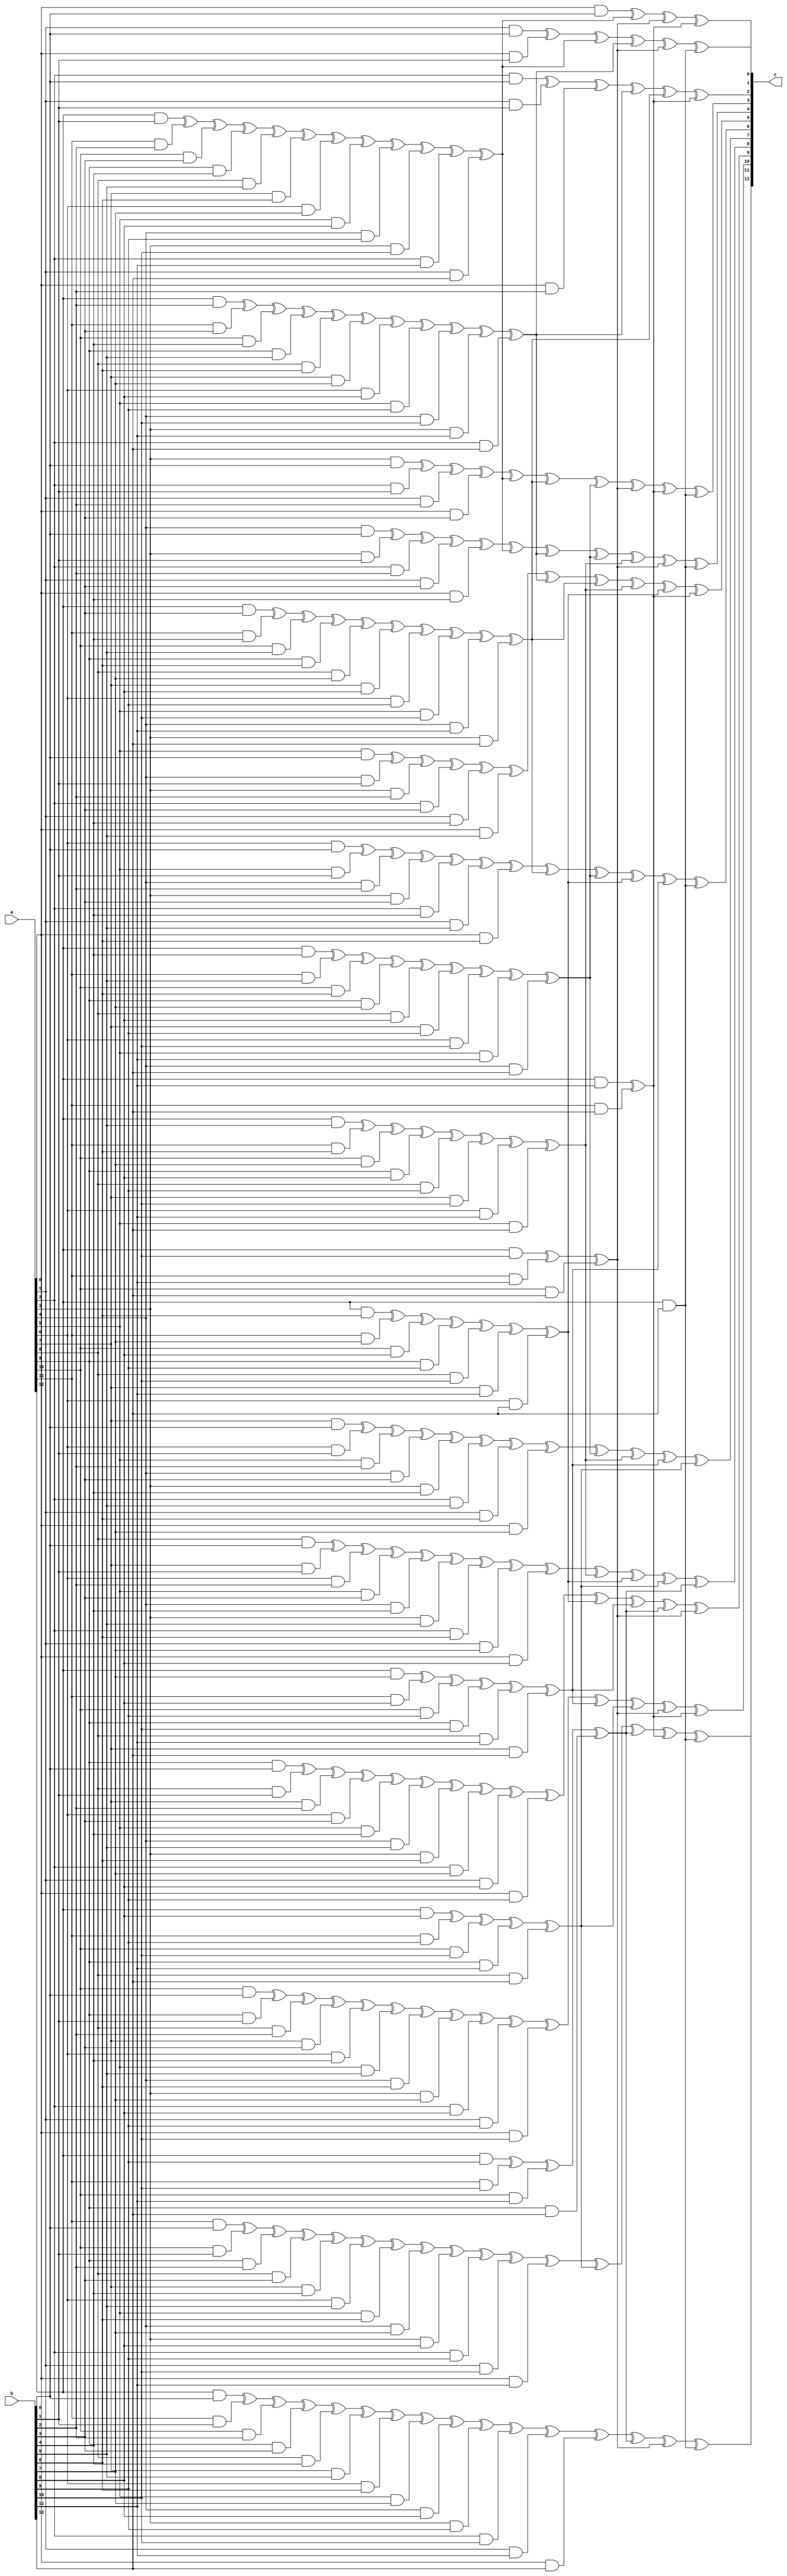
module multiplier(a,b,c);

input [12:0]a,b;
output [12:0]c;

wire [12:0]c,d;
wire [11:0]e;

 //-----d=Lb------------------------------

assign d[0]=(a[0]&b[0]);
assign d[1]=(a[1]&b[0])^(a[0]&b[1]);
assign d[2]=(a[2]&b[0])^(a[1]&b[1])^(a[0]&b[2]);
assign d[3]=(a[3]&b[0])^(a[2]&b[1])^(a[1]&b[2])^(a[0]&b[3]);
assign d[4]=(a[4]&b[0])^(a[3]&b[1])^(a[2]&b[2])^(a[1]&b[3])^(a[0]&b[4]);
assign d[5]=(a[5]&b[0])^(a[4]&b[1])^(a[3]&b[2])^(a[2]&b[3])^(a[1]&b[4])^(a[0]&b[5]);
assign d[6]=(a[6]&b[0])^(a[5]&b[1])^(a[4]&b[2])^(a[3]&b[3])^(a[2]&b[4])^(a[1]&b[5])^(a[0]&b[6]);
assign d[7]=(a[7]&b[0])^(a[6]&b[1])^(a[5]&b[2])^(a[4]&b[3])^(a[3]&b[4])^(a[2]&b[5])^(a[1]&b[6])^(a[0]&b[7]);
assign d[8]=(a[8]&b[0])^(a[7]&b[1])^(a[6]&b[2])^(a[5]&b[3])^(a[4]&b[4])^(a[3]&b[5])^(a[2]&b[6])^(a[1]&b[7])^(a[0]&b[8]);
assign d[9]=(a[9]&b[0])^(a[8]&b[1])^(a[7]&b[2])^(a[6]&b[3])^(a[5]&b[4])^(a[4]&b[5])^(a[3]&b[6])^(a[2]&b[7])^(a[1]&b[8])^(a[0]&b[9]);
assign d[10]=(a[10]&b[0])^(a[9]&b[1])^(a[8]&b[2])^(a[7]&b[3])^(a[6]&b[4])^(a[5]&b[5])^(a[4]&b[6])^(a[3]&b[7])^(a[2]&b[8])^(a[1]&b[9])^(a[0]&b[10]);
assign d[11]=(a[11]&b[0])^(a[10]&b[1])^(a[9]&b[2])^(a[8]&b[3])^(a[7]&b[4])^(a[6]&b[5])^(a[5]&b[6])^(a[4]&b[7])^(a[3]&b[8])^(a[2]&b[9])^(a[1]&b[10])^(a[0]&b[11]);
assign d[12]=(a[12]&b[0])^(a[11]&b[1])^(a[10]&b[2])^(a[9]&b[3])^(a[8]&b[4])^(a[7]&b[5])^(a[6]&b[6])^(a[5]&b[7])^(a[4]&b[8])^(a[3]&b[9])^(a[2]&b[10])^(a[1]&b[11])^(a[0]&b[12]);




//--------e=Ub----------------------------------------
assign e[0]=(a[12]&b[1])^(a[11]&b[2])^(a[10]&b[3])^(a[9]&b[4])^(a[8]&b[5])^(a[7]&b[6])^(a[6]&b[7])^(a[5]&b[8])^(a[4]&b[9])^(a[3]&b[10])^(a[2]&b[11])^(a[1]&b[12]);
assign e[1]=(a[12]&b[2])^(a[11]&b[3])^(a[10]&b[4])^(a[9]&b[5])^(a[8]&b[6])^(a[7]&b[7])^(a[6]&b[8])^(a[5]&b[9])^(a[4]&b[10])^(a[3]&b[11])^(a[2]&b[12]);
assign e[2]=(a[12]&b[3])^(a[11]&b[4])^(a[10]&b[5])^(a[9]&b[6])^(a[8]&b[7])^(a[7]&b[8])^(a[6]&b[9])^(a[5]&b[10])^(a[4]&b[11])^(a[3]&b[12]);
assign e[3]=(a[12]&b[4])^(a[11]&b[5])^(a[10]&b[6])^(a[9]&b[7])^(a[8]&b[8])^(a[7]&b[9])^(a[6]&b[10])^(a[5]&b[11])^(a[4]&b[12]);
assign e[4]=(a[12]&b[5])^(a[11]&b[6])^(a[10]&b[7])^(a[9]&b[8])^(a[8]&b[9])^(a[7]&b[10])^(a[6]&b[11])^(a[5]&b[12]);
assign e[5]=(a[12]&b[6])^(a[11]&b[7])^(a[10]&b[8])^(a[9]&b[9])^(a[8]&b[10])^(a[7]&b[11])^(a[6]&b[12]);
assign e[6]=(a[12]&b[7])^(a[11]&b[8])^(a[10]&b[9])^(a[9]&b[10])^(a[8]&b[11])^(a[7]&b[12]);
assign e[7]=(a[12]&b[8])^(a[11]&b[9])^(a[10]&b[10])^(a[9]&b[11])^(a[8]&b[12]);
assign e[8]=(a[12]&b[9])^(a[11]&b[10])^(a[10]&b[11])^(a[9]&b[12]);
assign e[9]=(a[12]&b[10])^(a[11]&b[11])^(a[10]&b[12]);
assign e[10]=(a[12]&b[11])^(a[11]&b[12]);
assign e[11]=(a[12]&b[12]);

//----------c=d+Q^t+e--------------------------------------
assign c[0]=d[0]^e[0] ^e[9] ^e[10] ;
assign c[1]=d[1]^e[0] ^e[1] ^e[9] ^e[11] ;
assign c[2]=d[2]^e[1] ^e[2] ^e[10] ;
assign c[3]=d[3]^e[0] ^e[2] ^e[3] ^e[9] ^e[10] ^e[11] ;
assign c[4]=d[4]^e[0] ^e[1] ^e[3] ^e[4] ^e[9] ^e[11] ;
assign c[5]=d[5]^e[1] ^e[2] ^e[4] ^e[5] ^e[10] ;
assign c[6]=d[6]^e[2] ^e[3] ^e[5] ^e[6] ^e[11] ;
assign c[7]=d[7]^e[3] ^e[4] ^e[6] ^e[7] ;
assign c[8]=d[8]^e[4] ^e[5] ^e[7] ^e[8] ;
assign c[9]=d[9]^e[5] ^e[6] ^e[8] ^e[9] ;
assign c[10]=d[10]^e[6] ^e[7] ^e[9] ^e[10] ;
assign c[11]=d[11]^e[7] ^e[8] ^e[10] ^e[11] ;
assign c[12]=d[12]^e[8] ^e[9] ^e[11] ;



  

endmodule